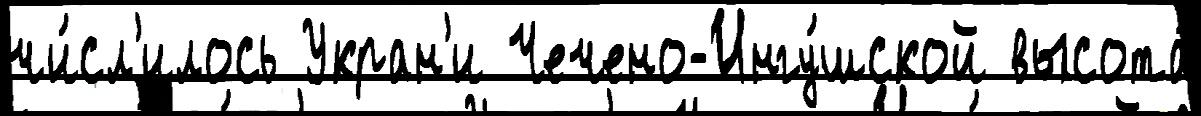
чи́сл'илось Укран'и Чечено-Ингу́шской высота́